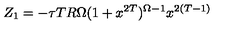
Z _ { 1 } = - \tau T R \Omega ( 1 + x ^ { 2 T } ) ^ { \Omega - 1 } { x ^ { 2 ( T - 1 ) } }